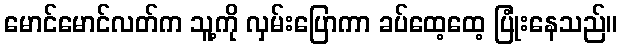
မောင်မောင်လတ်က သူ့ကို လှမ်းပြောကာ ခပ်ထေ့ထေ့ ပြုံးနေသည်။